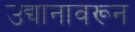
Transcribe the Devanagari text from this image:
उद्यानावरून